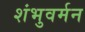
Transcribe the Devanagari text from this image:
शंभुवर्मन